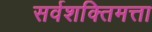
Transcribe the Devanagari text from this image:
सर्वशक्तिमत्ता